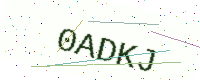
Text: 0ADKJ